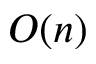
O ( n )